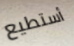
أستطيع